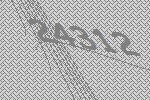
24312